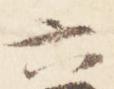
六